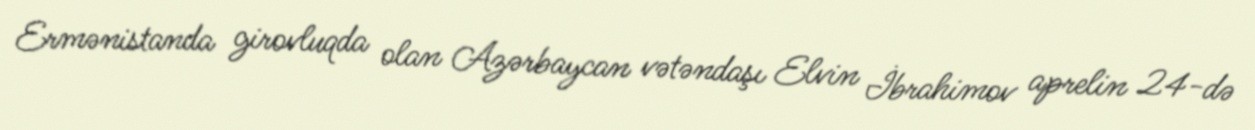
Ermənistanda girovluqda olan Azərbaycan vətəndaşı Elvin İbrahimov aprelin 24-də